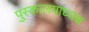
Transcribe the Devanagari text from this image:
पुस्कालयाध्यक्ष